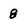
Character: 8